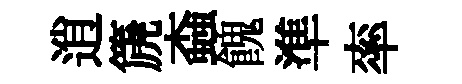
逍篪螙餽準率